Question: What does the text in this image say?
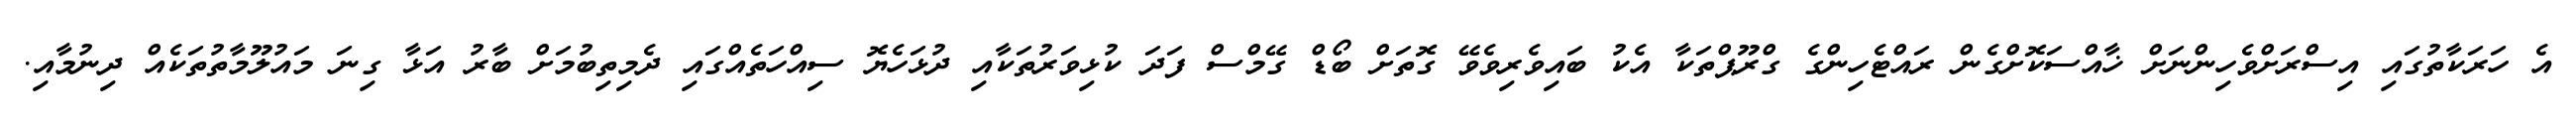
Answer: އެ ހަރަކާތުގައި އިސްރަށްވެހިންނަށް ޚާއްސަކޮށްގެން ރައްޓެހިންގެ ގްރޫޕްތަކާ އެކު ބައިވެރިވެވޭ ގޮތަށް ބޯޑް ގޭމްސް ފަދަ ކުޅިވަރުތަކާއި ދުޅަހެޔޮ ސިއްހަތެއްގައި ދެމިތިބުމަށް ބާރު އަޅާ ގިނަ މައުލޫމާތުތަކެއް ދިނުމާއި.